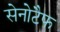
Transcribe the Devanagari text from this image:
सेनोटैफ